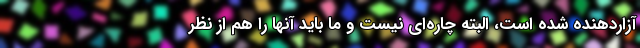
آزاردهنده شده است، البته چاره‌ای نیست و ما باید آنها را هم از نظر